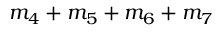
m _ { 4 } + m _ { 5 } + m _ { 6 } + m _ { 7 }